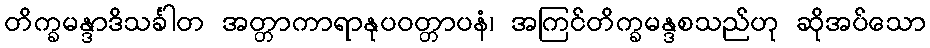
တိက္ခမန္ဒာဒိသင်္ခါတ အတ္တာကာရာနုပဝတ္တာပနံ၊ အကြင်တိက္ခမန္ဒစသည်ဟု ဆိုအပ်သော